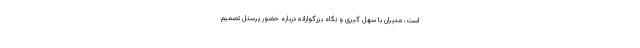
است، مدیران با سهل گیری و نگاه بزرگوارانه درباره حضور پرسنل تصمیم